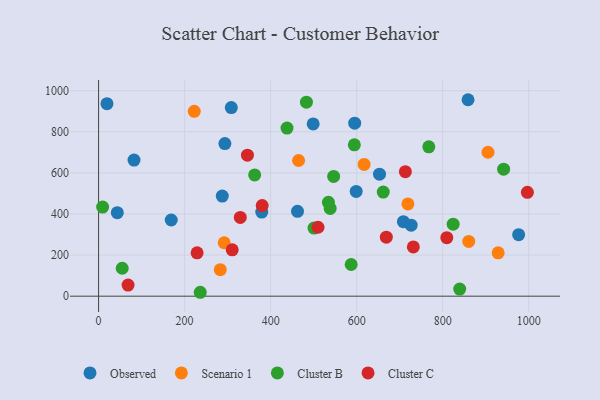
{"axis": {"x": "Investment", "y": "Salary"}, "legend": ["Cluster B", "Cluster C", "Observed", "Scenario 1"], "data": [{"x": "708.5", "y": 362.6, "type": "Observed"}, {"x": "293.6", "y": 742.9, "type": "Observed"}, {"x": "287.5", "y": 487.1, "type": "Observed"}, {"x": "653.0", "y": 593.7, "type": "Observed"}, {"x": "858.8", "y": 956.2, "type": "Observed"}, {"x": "82.4", "y": 662.6, "type": "Observed"}, {"x": "168.9", "y": 370.7, "type": "Observed"}, {"x": "498.8", "y": 838.6, "type": "Observed"}, {"x": "379.3", "y": 409.3, "type": "Observed"}, {"x": "43.5", "y": 406.4, "type": "Observed"}, {"x": "598.8", "y": 510.0, "type": "Observed"}, {"x": "595.3", "y": 841.9, "type": "Observed"}, {"x": "726.6", "y": 345.8, "type": "Observed"}, {"x": "976.4", "y": 299.2, "type": "Observed"}, {"x": "19.5", "y": 936.9, "type": "Observed"}, {"x": "462.4", "y": 412.8, "type": "Observed"}, {"x": "308.5", "y": 918.1, "type": "Observed"}, {"x": "222.4", "y": 899.5, "type": "Scenario 1"}, {"x": "292.0", "y": 260.1, "type": "Scenario 1"}, {"x": "719.0", "y": 449.0, "type": "Scenario 1"}, {"x": "905.2", "y": 700.6, "type": "Scenario 1"}, {"x": "464.9", "y": 660.4, "type": "Scenario 1"}, {"x": "928.8", "y": 210.8, "type": "Scenario 1"}, {"x": "860.4", "y": 266.4, "type": "Scenario 1"}, {"x": "282.9", "y": 128.8, "type": "Scenario 1"}, {"x": "617.2", "y": 641.5, "type": "Scenario 1"}, {"x": "500.8", "y": 331.3, "type": "Cluster B"}, {"x": "824.2", "y": 350.5, "type": "Cluster B"}, {"x": "941.5", "y": 618.4, "type": "Cluster B"}, {"x": "236.3", "y": 19.0, "type": "Cluster B"}, {"x": "661.7", "y": 506.9, "type": "Cluster B"}, {"x": "767.6", "y": 727.0, "type": "Cluster B"}, {"x": "594.5", "y": 736.8, "type": "Cluster B"}, {"x": "538.3", "y": 426.9, "type": "Cluster B"}, {"x": "54.9", "y": 136.0, "type": "Cluster B"}, {"x": "587.1", "y": 154.2, "type": "Cluster B"}, {"x": "9.4", "y": 433.6, "type": "Cluster B"}, {"x": "839.4", "y": 34.8, "type": "Cluster B"}, {"x": "534.3", "y": 457.0, "type": "Cluster B"}, {"x": "438.0", "y": 818.3, "type": "Cluster B"}, {"x": "362.8", "y": 590.4, "type": "Cluster B"}, {"x": "546.4", "y": 582.7, "type": "Cluster B"}, {"x": "483.1", "y": 944.5, "type": "Cluster B"}, {"x": "668.8", "y": 287.1, "type": "Cluster C"}, {"x": "510.1", "y": 335.6, "type": "Cluster C"}, {"x": "229.0", "y": 211.0, "type": "Cluster C"}, {"x": "68.5", "y": 54.1, "type": "Cluster C"}, {"x": "809.4", "y": 284.9, "type": "Cluster C"}, {"x": "380.3", "y": 441.2, "type": "Cluster C"}, {"x": "996.7", "y": 505.5, "type": "Cluster C"}, {"x": "346.0", "y": 686.3, "type": "Cluster C"}, {"x": "713.1", "y": 605.9, "type": "Cluster C"}, {"x": "310.6", "y": 225.4, "type": "Cluster C"}, {"x": "731.6", "y": 239.7, "type": "Cluster C"}, {"x": "329.4", "y": 383.2, "type": "Cluster C"}]}